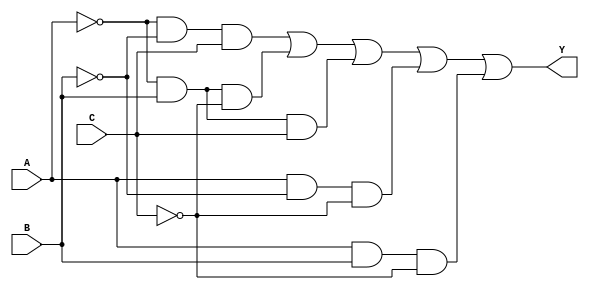
module combinational_logic (
    input wire A,  // Input A
    input wire B,  // Input B
    input wire C,  // Input C
    output wire Y  // Output Y
);

// Sum of Products (SOP)
wire term1 = ~A & ~B & C; // A'B'C
wire term2 = ~A & B & ~C; // A'BC'
wire term3 = ~A & B & C;  // A'BC
wire term4 = A & ~B & ~C;  // AB'C'
wire term5 = A & B & ~C;   // ABC'

assign Y_sop = term1 | term2 | term3 | term4 | term5; // SOP Output

// Product of Sums (POS)
wire maxterm1 = A | B | C;     // A + B + C
wire maxterm2 = A | ~B | C;    // A + B' + C
wire maxterm3 = ~A | B | C;    // A' + B + C
wire maxterm4 = ~A | ~B | C;   // A' + B' + C'

assign Y_pos = maxterm1 & maxterm2 & maxterm3 & maxterm4; // POS Output

// Final Output
assign Y = Y_sop; // or Y = Y_pos; depending on which form you want to use

endmodule